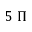
5 \; \Pi